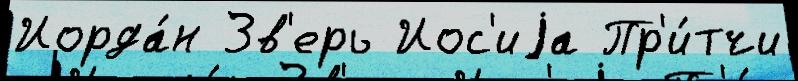
Иорда́н Зв'ерь Иос'иjа Пр'и́тчи